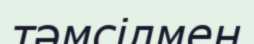
тәмсілмен